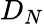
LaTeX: D_{N}